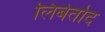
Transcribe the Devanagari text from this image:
लिबेर्ताद